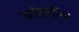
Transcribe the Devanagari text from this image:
सर्वजणींना